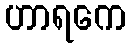
ဟာရကေ